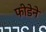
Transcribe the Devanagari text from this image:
फीडेने